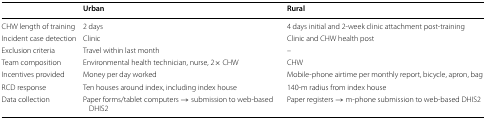
|  | Urban | Rural |
 | --- | --- | --- |
 | CHW length of training | 2 days | 4 days initial and 2-week clinic attachment post-training |
 | Incident case detection | Clinic | Clinic and CHW health post |
 | Exclusion criteria | Travel within last month | – |
 | Team composition | Environmental health technician, nurse, 2× CHW | CHW |
 | Incentives provided | Money per day worked | Mobile-phone airtime per monthly report, bicycle, apron, bag |
 | RCD response | Ten houses around index, including index house | 140-m radius from index house |
 | Data collection | Paper forms/tablet computers → submission to web-based DHIS2 | Paper registers → m-phone submission to web-based DHIS2 |